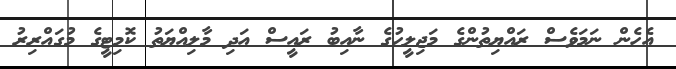
އެހެން ނަމަވެސް ރައްޔިތުންގެ މަޖިލީހުގެ ނާއިބު ރައީސް އަދި މާލިއްޔަތު ކޮމިޓީގެ މުގައްރިރު